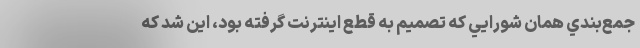
جمع‌بندي همان شورايي كه تصميم به قطع اينترنت گرفته بود، اين شد كه